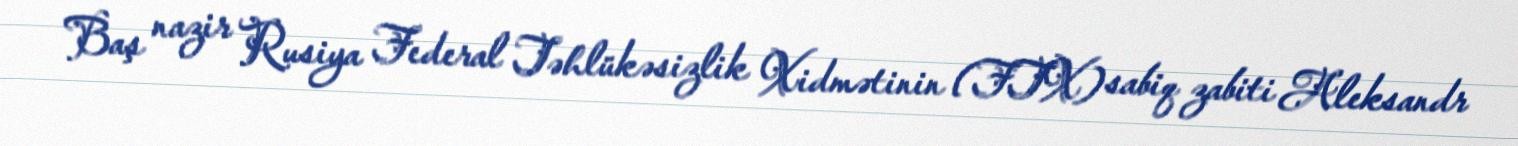
Baş nazir Rusiya Federal Təhlükəsizlik Xidmətinin (FTX) sabiq zabiti Aleksandr